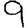
Digit: 9